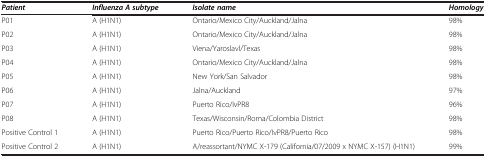
<table><thead><tr><td><b><i>Patient</i></b></td><td><b><i>Influenza A subtype</i></b></td><td><b><i>Isolate name</i></b></td><td><b><i>Homology</i></b></td></tr></thead><tbody><tr><td>P01</td><td>A (H1N1)</td><td>Ontario/Mexico City/Auckland/Jalna</td><td>98%</td></tr><tr><td>P02</td><td>A (H1N1)</td><td>Ontario/Mexico City/Auckland/Jalna</td><td>98%</td></tr><tr><td>P03</td><td>A (H1N1)</td><td>Viena/Yaroslavl/Texas</td><td>98%</td></tr><tr><td>P04</td><td>A (H1N1)</td><td>Ontario/Mexico City/Auckland/Jalna</td><td>98%</td></tr><tr><td>P05</td><td>A (H1N1)</td><td>New York/San Salvador</td><td>98%</td></tr><tr><td>P06</td><td>A (H1N1)</td><td>Jalna/Auckland</td><td>97%</td></tr><tr><td>P07</td><td>A (H1N1)</td><td>Puerto Rico/IvPR8</td><td>96%</td></tr><tr><td>P08</td><td>A (H1N1)</td><td>Texas/Wisconsin/Roma/Colombia District</td><td>98%</td></tr><tr><td>Positive Control 1</td><td>A (H1N1)</td><td>Puerto Rico/Puerto Rico/IvPR8/Puerto Rico</td><td>98%</td></tr><tr><td>Positive Control 2</td><td>A (H1N1)</td><td>A/reassortant/NYMC X-179 (California/07/2009 x NYMC X-157) (H1N1)</td><td>99%</td></tr></tbody></table>